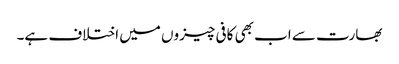
بھارت سے اب بھی کافی چیزوں میں اختلاف ہے۔